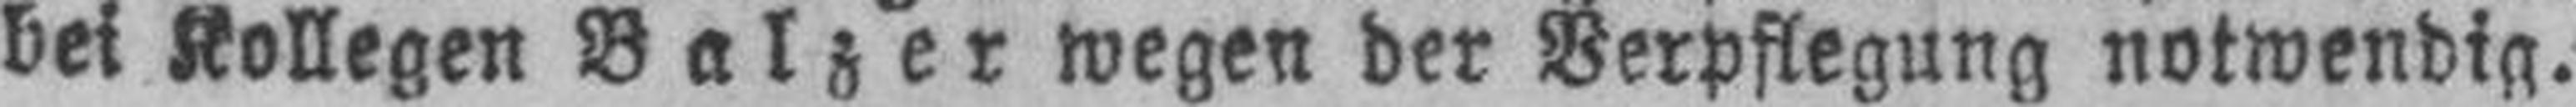
bei Kollegen BaIzer wegen der Verpflegung notwendig.